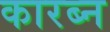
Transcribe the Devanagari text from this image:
कारब्न